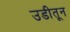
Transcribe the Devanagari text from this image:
उडीतून